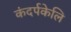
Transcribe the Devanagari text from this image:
कंदर्पकेलि